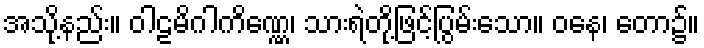
အသို့နည်း။ ဝါဠမိဂါကိဏ္ဏေ၊ သားရဲတို့ဖြင့်ပြွမ်းသော။ ဝနေ၊ တော၌။